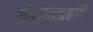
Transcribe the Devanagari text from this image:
पंचमहाली